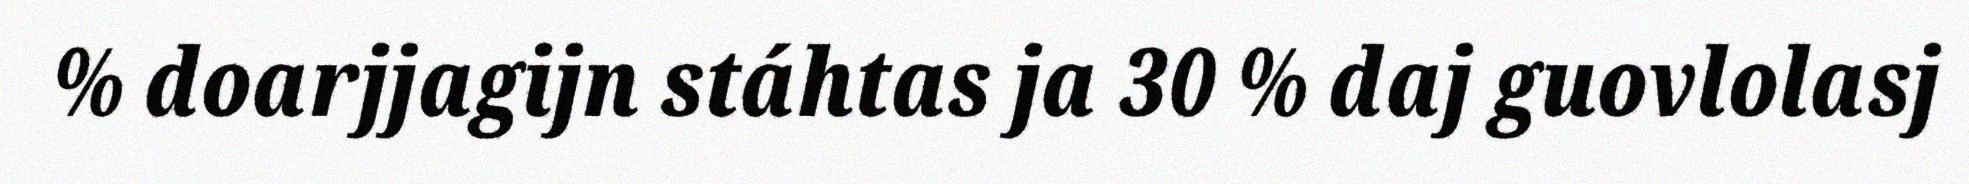
% doarjjagijn stáhtas ja 30 % daj guovlolasj